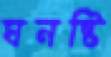
ঘনষ্টি